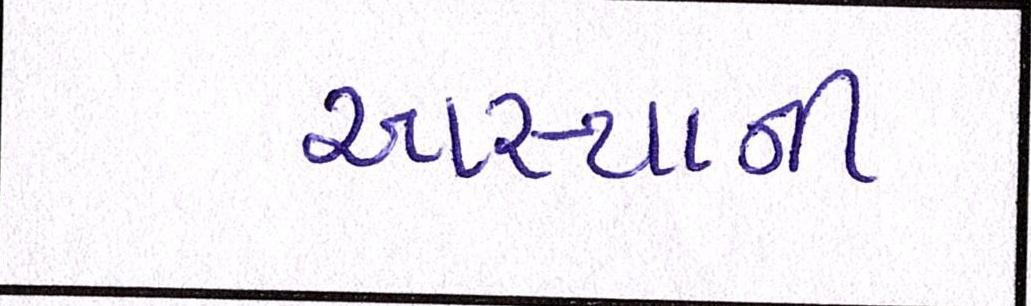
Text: આસ્થાની